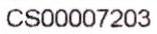
CS00007203